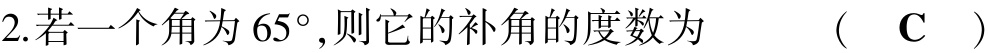
2.若一个角为\(65^{\circ}\),则它的补角的度数为  (  C  )